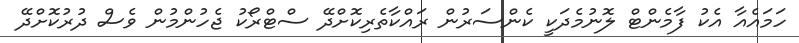
ހަމައެއާ އެކު ފާމެންޓް ލޮނުމެދަކީ ކެންސަރުން ރައްކާތެރިކޮށްދޭ ސްޓްރޯކު ޖެހުންމުން ވެސް ދުރުކޮށްދޭ